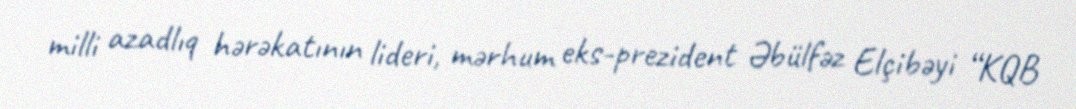
milli azadlıq hərəkatının lideri, mərhum eks-prezident Əbülfəz Elçibəyi “KQB